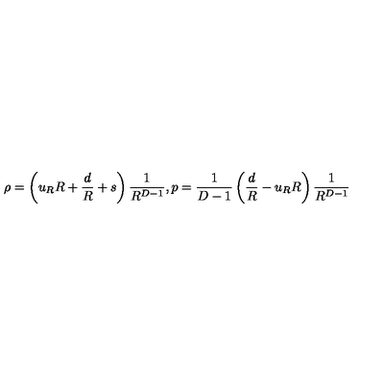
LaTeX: \rho = \left( u _ { R } R + { \frac { d } { R } } + s \right) { \frac { 1 } { R ^ { D - 1 } } } , p = { \frac { 1 } { D - 1 } } \left( { \frac { d } { R } } - u _ { R } R \right) { \frac { 1 } { R ^ { D - 1 } } }